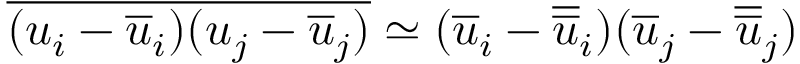
\overline { { ( u _ { i } - \overline { { u } } _ { i } ) ( u _ { j } - \overline { { u } } _ { j } ) } } \simeq ( \overline { { u } } _ { i } - \overline { { \overline { { u } } } } _ { i } ) ( \overline { { u } } _ { j } - \overline { { \overline { { u } } } } _ { j } )